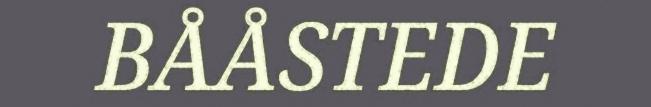
BÅÅSTEDE